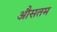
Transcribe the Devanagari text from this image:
औसतम